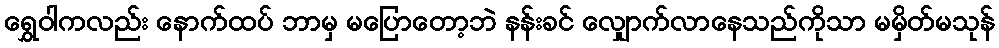
ရွှေဝါကလည်း နောက်ထပ် ဘာမှ မပြောတော့ဘဲ နန်းခင် လျှောက်လာနေသည်ကိုသာ မမှိတ်မသုန်